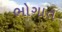
ભોગાત